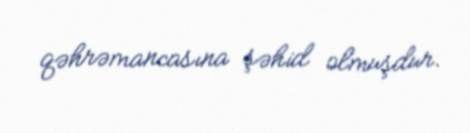
qəhrəmancasına şəhid olmuşdur.